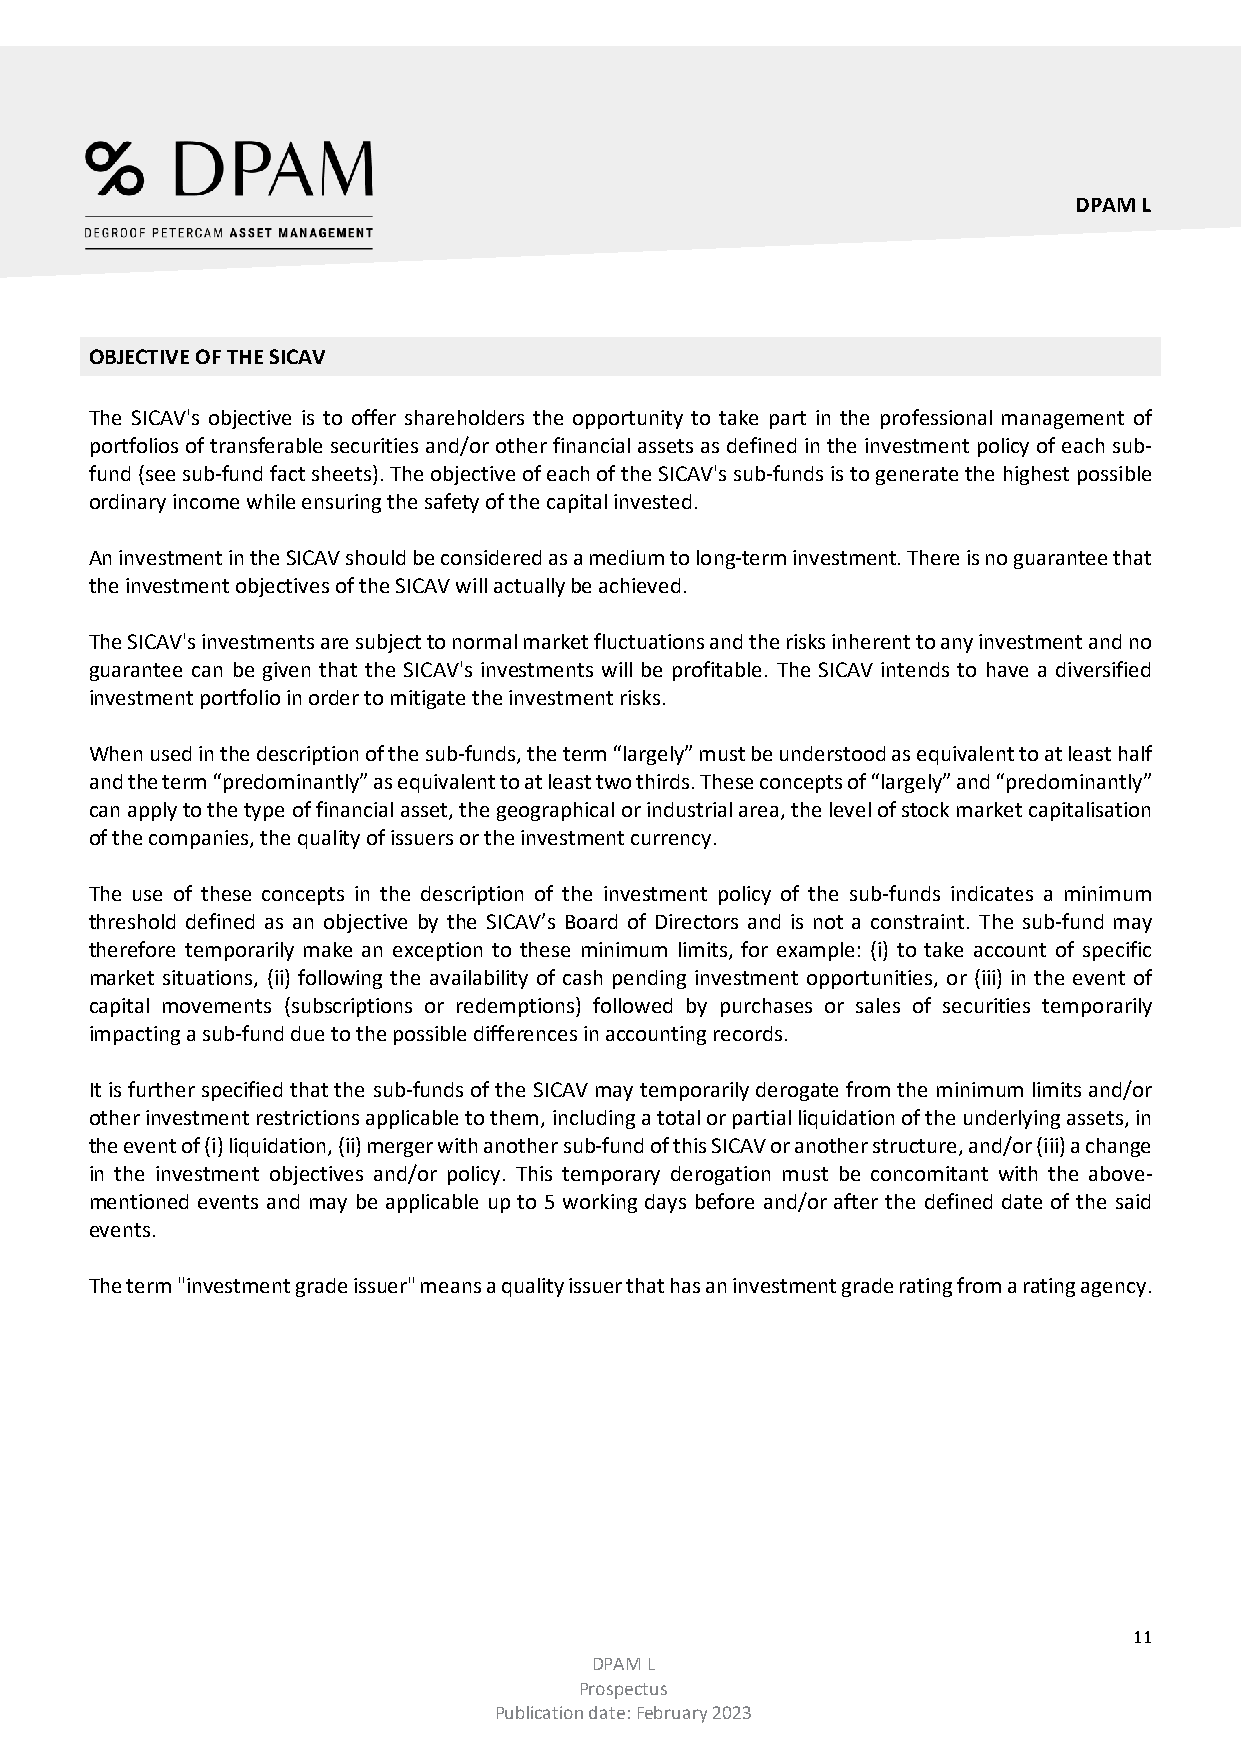
DPAM L
 OBJECTIVE OF THE SICAV
 The SICAV's objective is to offer shareholders the opportunity to take part in the professional management of
 portfolios of transferable securities and/or other financial assets as defined in the investment policy of each sub-
 fund (see sub-fund fact sheets). The objective of each of the SICAV's sub-funds is to generate the highest possible
 ordinary income while ensuring the safety of the capital invested.
 An investment in the SICAV should be considered as a medium to long-term investment. There is no guarantee that
 the investment objectives of the SICAV will actually be achieved.
 The SICAV's investments are subject to normal market fluctuations and the risks inherent to any investment and no
 guarantee can be given that the SICAV's investments will be profitable. The SICAV intends to have a diversified
 investment portfolio in order to mitigate the investment risks.
 When used in the description of the sub-funds, the term “largely” must be understood as equivalent to at least half
 and the term “predominantly” as equivalent to at least two thirds. These concepts of “largely” and “predominantly”
 can apply to the type of financial asset, the geographical or industrial area, the level of stock market capitalisation
 of the companies, the quality of issuers or the investment currency.
 The use of these concepts in the description of the investment policy of the sub-funds indicates a minimum
 threshold defined as an objective by the SICAV’s Board of Directors and is not a constraint. The sub-fund may
 therefore temporarily make an exception to these minimum limits, for example: (i) to take account of specific
 market situations, (ii) following the availability of cash pending investment opportunities, or (iii) in the event of
 capital movements (subscriptions or redemptions) followed by purchases or sales of securities temporarily
 impacting a sub-fund due to the possible differences in accounting records.
 It is further specified that the sub-funds of the SICAV may temporarily derogate from the minimum limits and/or
 other investment restrictions applicable to them, including a total or partial liquidation of the underlying assets, in
 the event of (i) liquidation, (ii) merger with another sub-fund of this SICAV or another structure, and/or (iii) a change
 in the investment objectives and/or policy. This temporary derogation must be concomitant with the above-
 mentioned events and may be applicable up to 5 working days before and/or after the defined date of the said
 events.
 The term "investment grade issuer" means a quality issuer that has an investment grade rating from a rating agency.
 11
 DPAM L
 Prospectus
 Publication date: February 2023